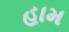
હામ